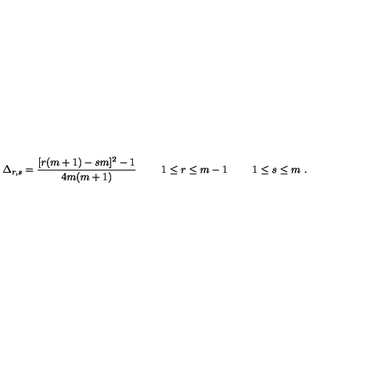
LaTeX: \Delta _ { r , s } = { \frac { [ r ( m + 1 ) - s m ] ^ { 2 } - 1 } { 4 m ( m + 1 ) } } \ \qquad 1 \leq r \leq m - 1 \ \qquad 1 \leq s \leq m \ .